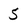
Character: 5